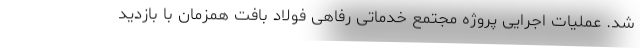
شد. عملیات اجرایی پروژه مجتمع خدماتی رفاهی فولاد بافت همزمان با بازدید